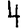
Digit: 4